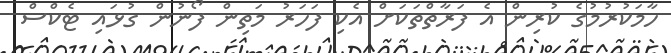
ހާމަކުރުމުގެ ކުރިން އެ ފަރާތްތަކަށް އެކި ފަހަރު މަތިން ފޯނުން ގުޅައި ޓެކްސް